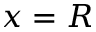
x = R